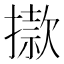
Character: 𢴪